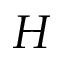
H